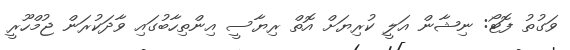
ވަގުތު ފޮޓޯ: ނިޝާން އަލީ ކުރިޔަށް އޮތް ރިޔާސީ އިންތިހާބުގައި ވާދަކުރަން ޖުމްހޫރީ